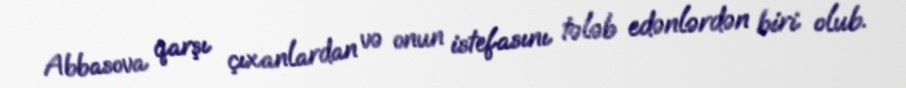
Abbasova qarşı çıxanlardan və onun istefasını tələb edənlərdən biri olub.